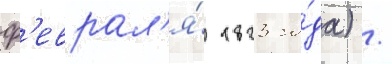
ф'еврал'я́ 1823 го́да) /